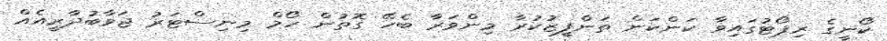
ކޯނީގެ ރިޕޯޓުގައިވާ ކަންކަން ތަންފީޒުކުރާ މިންވަރާ ބެހޭ ގޮތުން ހޯމް މިނިސްޓަރު ޖަވާބުދާރީއެއް